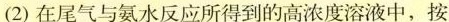
(2)在尾气与氨水反应所得到的高浓度溶液中，按